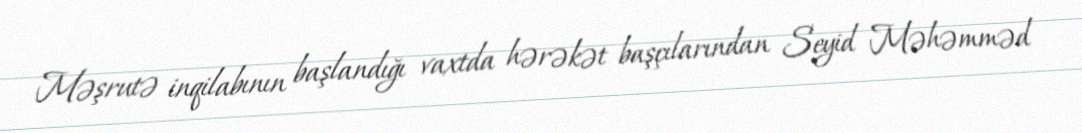
Məşrutə inqilabının başlandığı vaxtda hərəkət başçılarından Seyid Məhəmməd